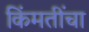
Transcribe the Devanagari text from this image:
किंमतींचा